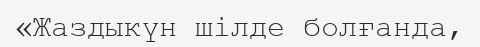
«Жаздыкүн шілде болғанда,